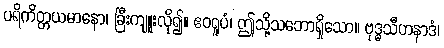
ပရိကိတ္တယမာနော၊ ခြီးကျူးလို၍။ ဧဝရူပံ၊ ဤသို့သဘောရှိသော။ ဗုဒ္ဓသီဟနာဒံ၊